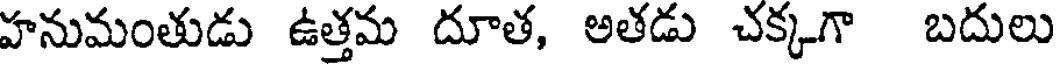
హనుమంతుడు ఉత్తమ దూత, అతడు చక్కగా బదులు